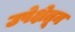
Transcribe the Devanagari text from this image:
उपेक्षेतून